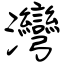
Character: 灣